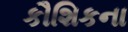
કૌશિકના